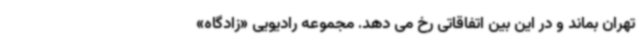
تهران بماند و در این بین اتفاقاتی رخ می دهد. مجموعه رادیویی «زادگاه»